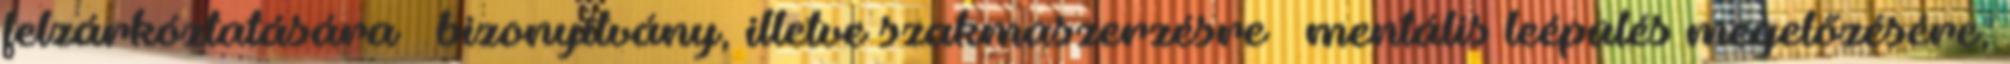
felzárkóztatására  bizonyítvány, illetve szakmaszerzésre  mentális leépülés megelőzésére,